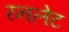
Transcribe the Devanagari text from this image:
रनलेट